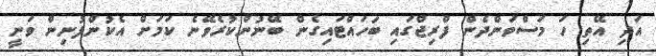
އަދި އޭތި ހަ މަސްވަންދެން ފްރިޖްގައި ބަހައްޓައިގެން ބޭނުންކުރެވޭނެ ކަމަށް އެކުންފުނިން ވަނީ